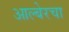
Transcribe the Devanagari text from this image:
आल्बेरचा